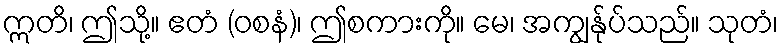
ဣတိ၊ ဤသို့။ ဧတံ (ဝစနံ)၊ ဤစကားကို။ မေ၊ အကျွန်ုပ်သည်။ သုတံ၊